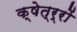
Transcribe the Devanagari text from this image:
क्षेत्र्रों